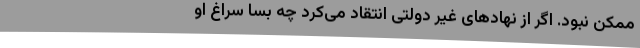
ممکن نبود. اگر از نهادهای غیر دولتی انتقاد می‌کرد چه بسا سراغ او